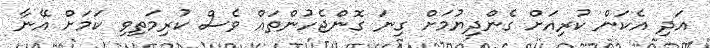
އަދި އެކަން ކުރިއަށް ގެންދިޔުމަށް ގިނަ ގޮންޖެހުންތައް ވެސް ކުރިމަތިވި ކަމަށް އޭނާ